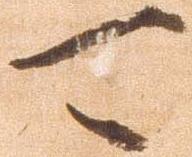
可